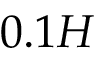
0 . 1 H